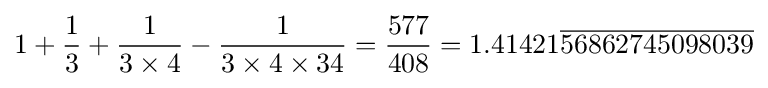
1+{\frac {1}{3}}+{\frac {1}{3\times 4}}-{\frac {1}{3\times 4\times 34}}={\frac {577}{408}}=1.41421{\overline {56862745098039}}